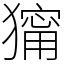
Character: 𤢆